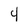
Character: 4